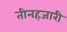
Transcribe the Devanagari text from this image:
तीनहजारी